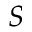
S